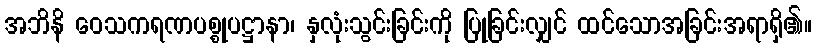
အဘိနိ ဝေသကရဏပစ္စုပဋ္ဌာနာ၊ နှလုံးသွင်းခြင်းကို ပြုခြင်းလျှင် ထင်သောအခြင်းအရာရှိ၏။